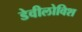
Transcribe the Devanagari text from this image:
डेवीलोविश